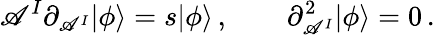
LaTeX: \mathscr{A}^{I}\partial_{\mathscr{A}^{I}}|\phi\rangle=s|\phi\rangle\, ,\qquad\partial_{\mathscr{A}^{I}}^{2}|\phi\rangle=0\, .